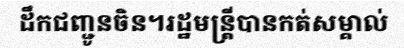
ដឹកជញ្ជូនចិន។រដ្ឋមន្ត្រីបានកត់សម្គាល់